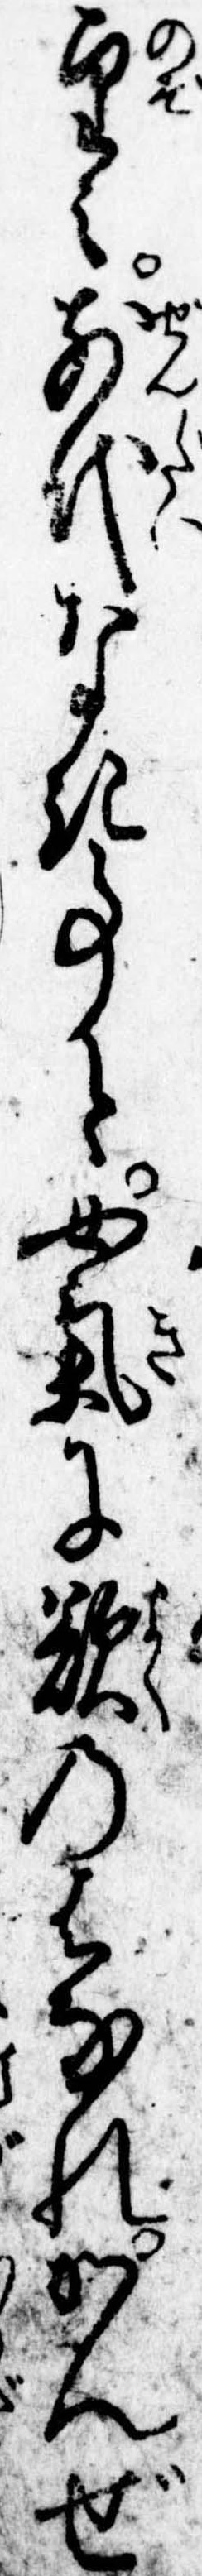
望み前代なき事と女気に欲のはなれかんぜ